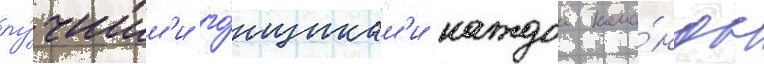
лу́чшим'и го́нщикам'и каждои кома́нды